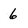
Character: 6